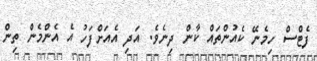
ފެޓްސް ހިމެނޭ ކެއުންތައް ކާން ދިނެވެ. އަދި އެއަށްފަހު އެ އެންމެން ތިން